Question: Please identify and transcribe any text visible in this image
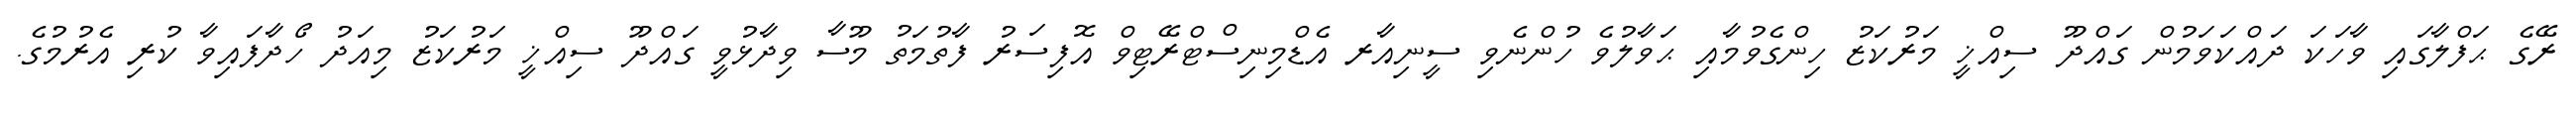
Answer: ރޭގެ ޙަފްލާގައި ވާހަކަ ދައްކަވަމުން ގައްދޫ ސިއްޚީ މަރުކަޒު ހިންގެވުމާއި ޙަވާލުވެ ހުންނެވި ސީނިއާރ އެޑްމިނިސްޓްރޭޓިވް އޮފިސަރު ފާތުމަތު މޫސާ ވިދާޅުވީ ގައްދޫ ސިއްޚީ މަރުކަޒު މިއަދު ހޯދާފައިވާ ކުރި އެރުމުގެ.